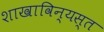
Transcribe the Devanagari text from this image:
शाखाविन्यस्त